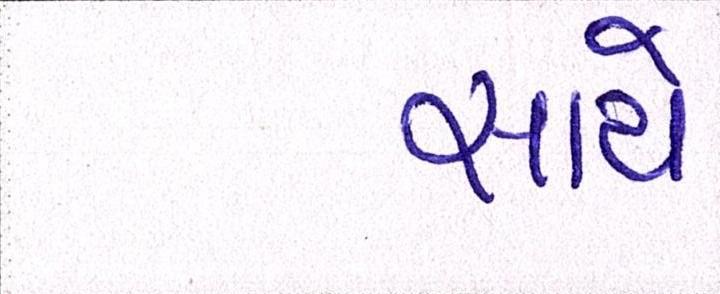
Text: સાથે